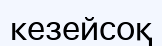
кезейсоқ